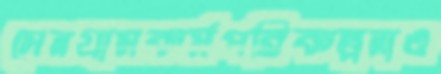
সেনগ্রামকর্মপরিকল্পনাও